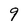
Character: 9